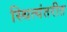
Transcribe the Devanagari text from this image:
स्थित्यंतरीत